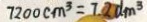
7 2 0 0 c m ^ { 3 } = 7 . 2 d m ^ { 3 }